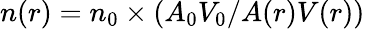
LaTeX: n(r)=n_{0}\times(A_{0}V_{0}/A(r)V(r))